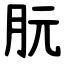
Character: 朊